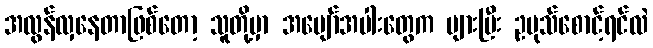
အလွန်လှနေတာဖြစ်တော့ သူတို့မှာ အပျော်အပါးတွေက များပြီး ဥပုသ်စောင့်ရင်လဲ